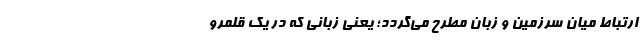
ارتباط میان سرزمین و زبان مطرح می‌گردد؛ یعنی زبانی که در یک قلمرو